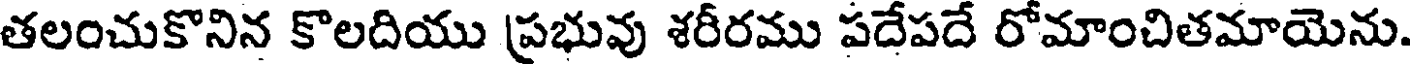
తలంచుకొనిన కొలదియు ప్రభువు శరీరము పదేపదే రోమాంచితమాయెను.